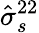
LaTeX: \hat{\sigma}_{s}^{22}